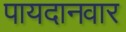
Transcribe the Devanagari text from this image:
पायदानवार